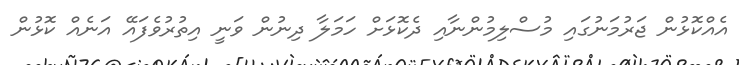
އެއްކޮޅުން ޖަރުމަނުގައި މުސްލިމުންނާއި ދެކޮޅަށް ހަމަލާ ދިނުން ވަނީ އިތުރުވެފައޭ އަނެއް ކޮޅުން